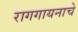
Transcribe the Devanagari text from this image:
रागगायनाचे